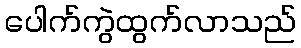
ပေါက်ကွဲထွက်လာသည်